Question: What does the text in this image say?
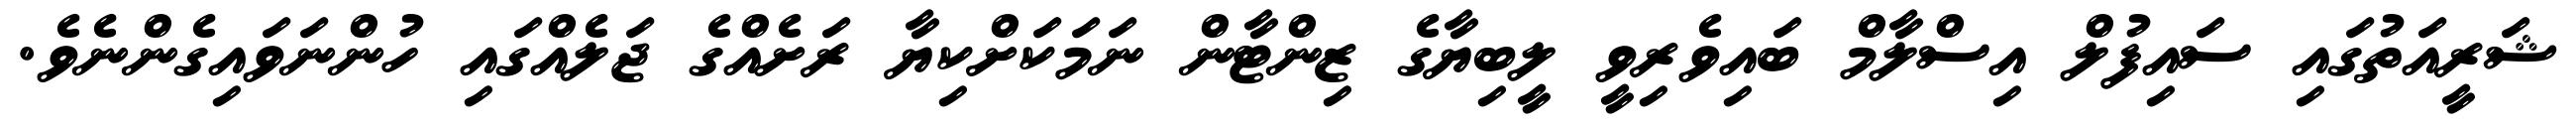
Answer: ޝަރީއަތުގައި ސައިފުލް އިސްލާމް ބައިވެރިވީ ލީބިޔާގެ ޒިންޓާން ނަމަކަށްކިޔާ ރަށެއްގެ ޖަލެއްގައި ހުންނަވައިގެންނެވެ.